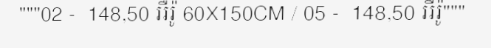
"""02 -  148,50 អឺរ៉ូ 60X150CM / 05 -  148,50 អឺរ៉ូ"""